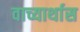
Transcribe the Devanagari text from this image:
वाच्यार्थास